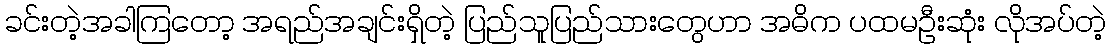
ခင်းတဲ့အခါကြတော့ အရည်အချင်းရှိတဲ့ ပြည်သူပြည်သားတွေဟာ အဓိက ပထမဦးဆုံး လိုအပ်တဲ့